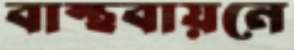
বাস্থবায়নে